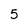
Character: 5